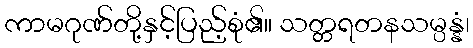
ကာမဂုဏ်တို့နှင့်ပြည့်စုံ၏။ သတ္တရတနသမ္ပန္နံ၊